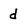
Character: d